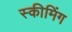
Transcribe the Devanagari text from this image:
स्कीमिंग